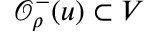
\mathcal { O } _ { \rho } ^ { - } ( u ) \subset V